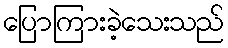
ပြောကြားခဲ့သေးသည်